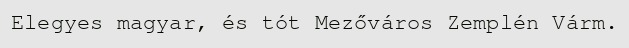
Elegyes magyar, és tót Mezőváros Zemplén Várm.